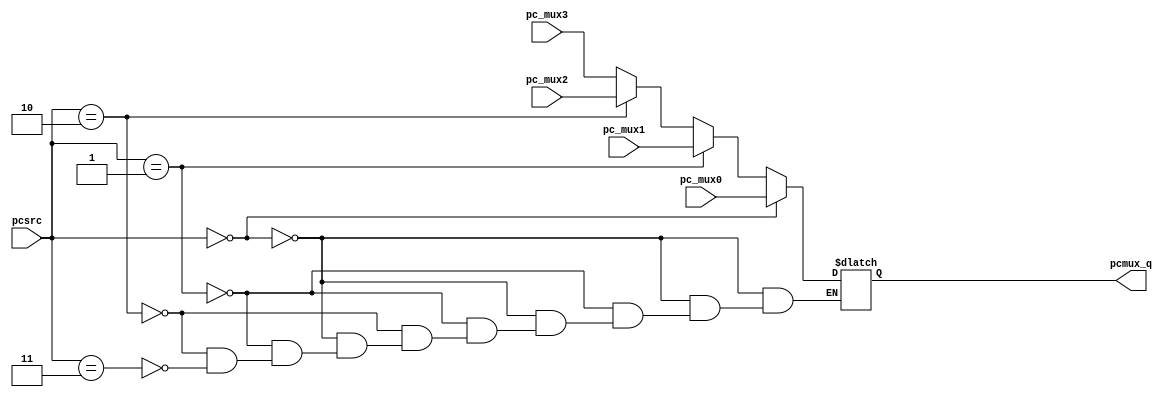
module PC_mux(
    input [1:0] pcsrc,
    input [31:0] pc_mux0,
    input [31:0] pc_mux1,
    input [31:0] pc_mux2,
    input [31:0] pc_mux3,
    output reg [31:0] pcmux_q
    );
    
    always @(*) begin
        if (pcsrc == 2'b00)
            pcmux_q = pc_mux0;
        else if (pcsrc == 2'b01)
            pcmux_q = pc_mux1;
        else if (pcsrc == 2'b10)
            pcmux_q = pc_mux2;
        else if (pcsrc == 2'b11)
            pcmux_q = pc_mux3;
    end
    
endmodule